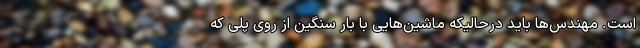
است. مهندس‌ها باید درحالیکه ماشین‌هایی با بار سنگین از روی پلی که